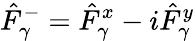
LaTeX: \hat{F}_{\gamma}^{-}=\hat{F}_{\gamma}^{x}-i\hat{F}_{\gamma}^{y}